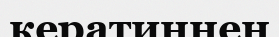
кератиннен